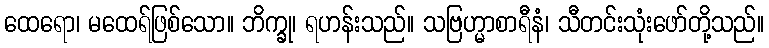
ထေရော၊ မထေရ်ဖြစ်သော။ ဘိက္ခု၊ ရဟန်းသည်။ သဗြဟ္မာစာရီနံ၊ သီတင်းသုံးဖော်တို့သည်။